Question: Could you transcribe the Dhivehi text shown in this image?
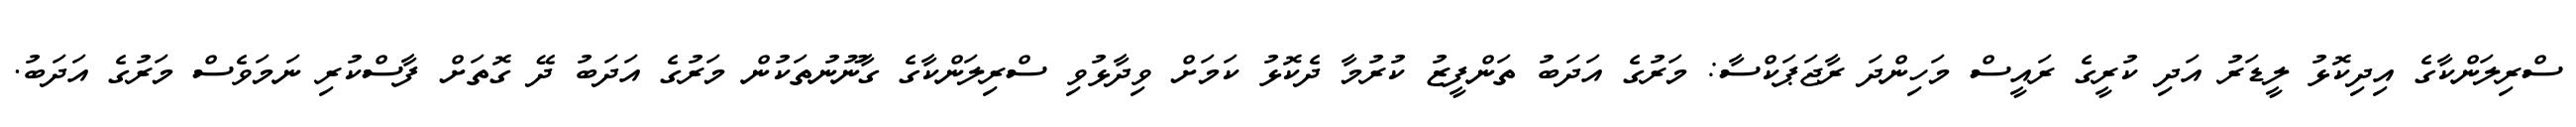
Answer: ސްރިލަންކާގެ އިދިކޮޅު ލީޑަރު އަދި ކުރީގެ ރައީސް މަހިންދަ ރާޖަޕަކްސާ: މަރުގެ އަދަބު ތަންފީޒު ކުރުމާ ދެކޮޅު ކަމަށް ވިދާޅުވި ސްރިލަންކާގެ ގާނޫނުތަކުން މަރުގެ އަދަބު ދޭ ގޮތަށް ފާސްކުރި ނަމަވެސް މަރުގެ އަދަބު.